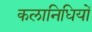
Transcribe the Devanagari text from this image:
कलानिधियों